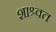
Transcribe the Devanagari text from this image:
शाश्र्वत